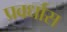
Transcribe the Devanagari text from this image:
प्रवर्धास